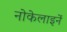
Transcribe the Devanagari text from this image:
नोकेलाइनें